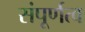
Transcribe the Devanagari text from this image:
संपूर्णत्व